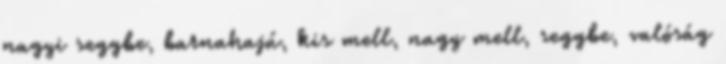
nagyi seggbe, barnahajú, kis mell, nagy mell, seggbe, valóság